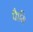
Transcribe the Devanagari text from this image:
फैमि